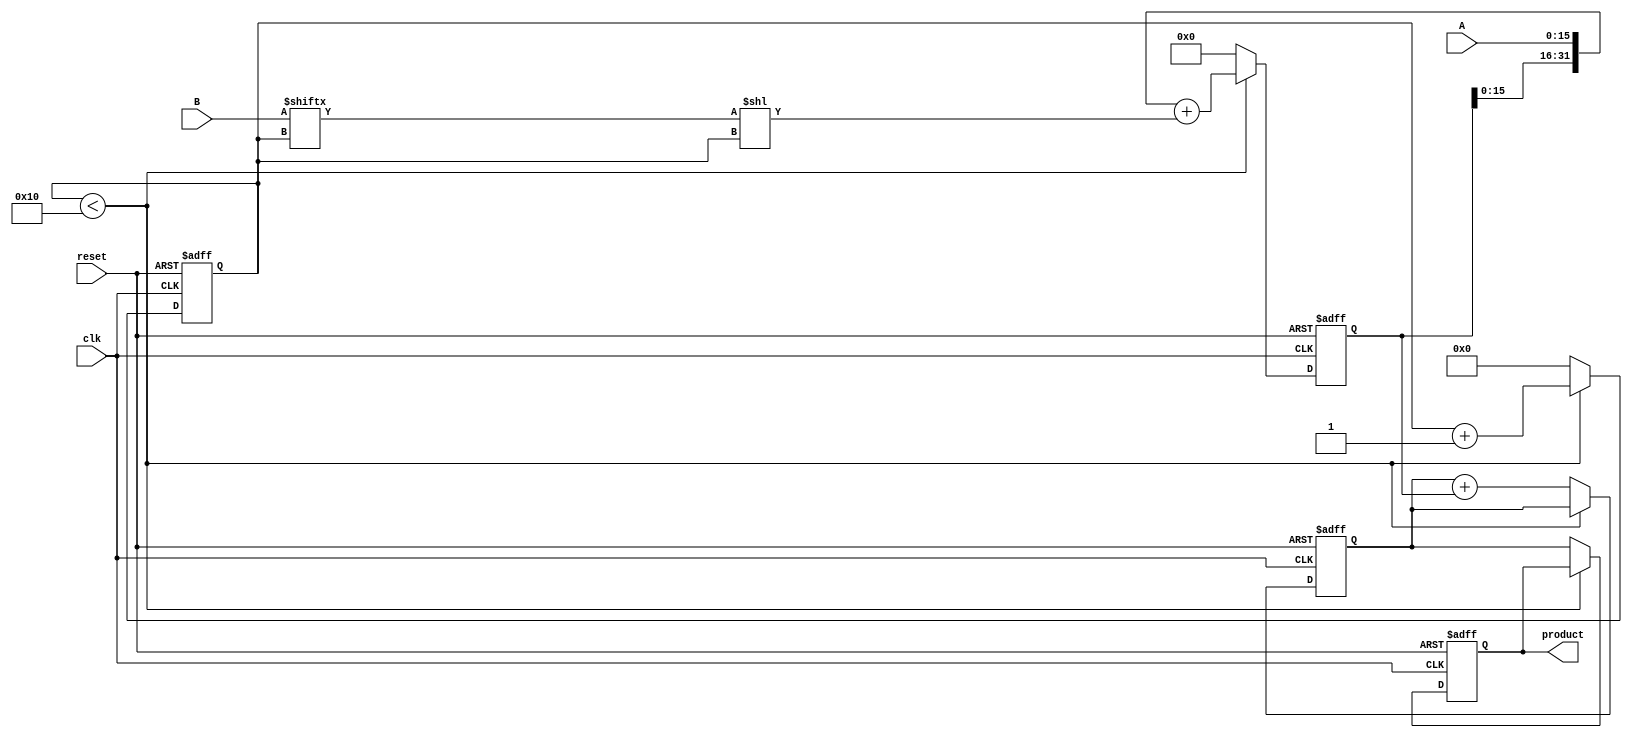
module multiplier(input wire clk, input wire reset, input wire [15:0] A, B, output reg [31:0] product);

reg [31:0] partial_product;
reg [7:0] shift_count;
reg [31:0] accumulator;

always @(posedge clk or posedge reset) begin
  if (reset) begin
    partial_product <= 32'b0;
    shift_count <= 8'b0;
    accumulator <= 32'b0;
    product <= 32'b0;
  end else if (shift_count < 16) begin
    partial_product <= {partial_product, A} + (B[shift_count] << shift_count);
    shift_count <= shift_count + 1;
  end else begin
    accumulator <= accumulator + partial_product;
    partial_product <= 32'b0;
    shift_count <= 8'b0;
    product <= accumulator;
  end
end

endmodule